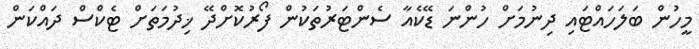
މީހުން ބަލަހައްޓައި ދިނުމަށް ހުންނަ ޑޭކެއާ ސެންޓަރުތަކުން ފޯރުކޮށްދޭ ޚިދުމަތަށް ޓެކްސް ދައްކަން